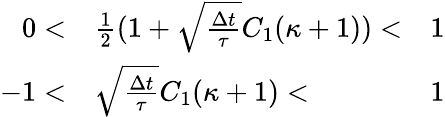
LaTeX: \begin{array}{rlr}{0<}&{{}\frac{1}{2}(1+\sqrt{\frac{\Delta t}{\tau}}C_{1}(\kappa+1))<}&{1}\\ {-1<}&{{}\sqrt{\frac{\Delta t}{\tau}}C_{1}(\kappa+1)<}&{1}\end{array}